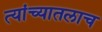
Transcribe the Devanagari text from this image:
त्यांच्यातलाच